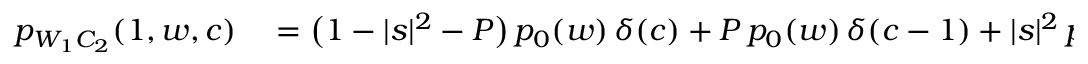
\begin{array} { r l } { p _ { W _ { 1 } C _ { 2 } } ( 1 , w , c ) } & { { } = \bigl ( 1 - | s | ^ { 2 } - P \bigr ) \, p _ { 0 } ( w ) \, \delta ( c ) + P \, p _ { 0 } ( w ) \, \delta ( c - 1 ) + | s | ^ { 2 } \, p _ { 1 } ( w ) \, \delta ( c ) } \end{array}